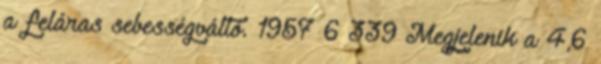
a feláras sebességváltó. 1957 6 339 Megjelenik a 4,6